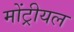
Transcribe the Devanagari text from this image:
मोंट्रीयल